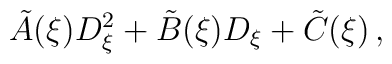
\tilde A(\xi )D_{\xi}^2 + \tilde B(\xi )D_{\xi} + \tilde C(\xi )\, ,